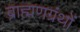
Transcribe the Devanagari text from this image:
ब्राह्मणग्रंथों